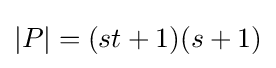
|P|=(st+1)(s+1)